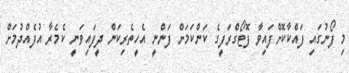
މި ފޯނުގައި ފައްކާކޮށްފައިވާ ފޮޓޯގްރަފީގެ ކަންކަމަށް ފަންނީ އެހީތެރިކަން ދީފައިވަނީ ކެމެރާ އުފެއްދުމަށް